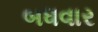
બધવાર